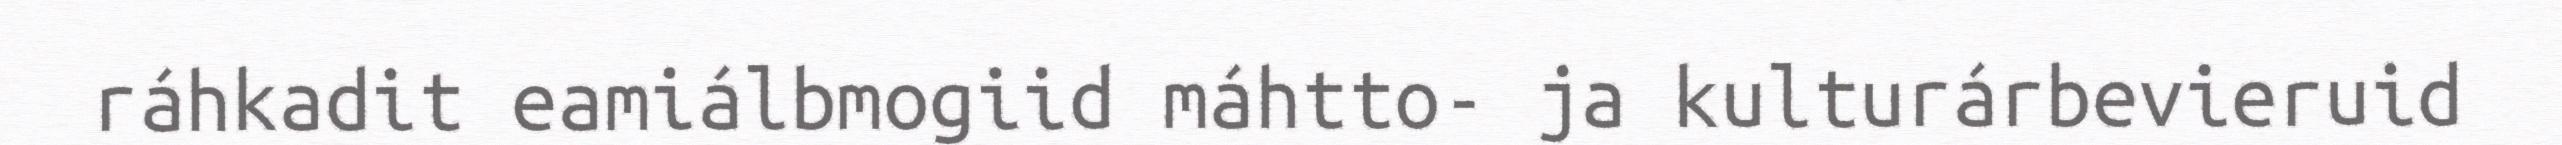
ráhkadit eamiálbmogiid máhtto- ja kulturárbevieruid